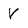
Character: V